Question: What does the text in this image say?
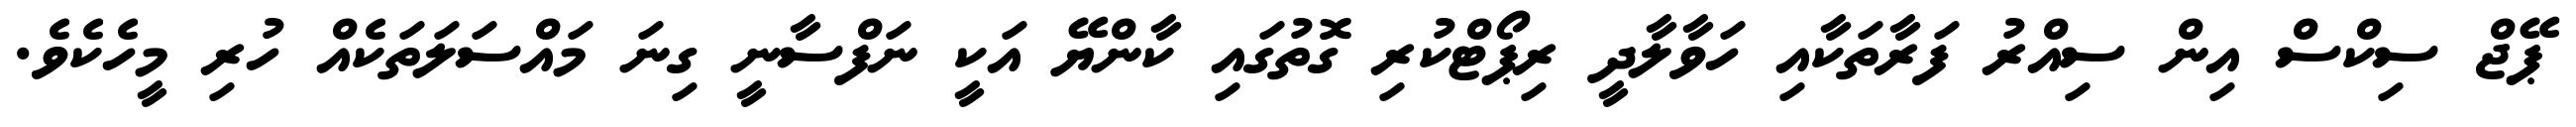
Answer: ޕޭޖް ސިކްސް އިން ސިއްރު ފަރާތަކާއި ހަވާލާދީ ރިޕޯޓްކުރި ގޮތުގައި ކާންޔޭ އަކީ ނަފްސާނީ ގިނަ މައްސަލަތަކެއް ހުރި މީހެކެވެ.